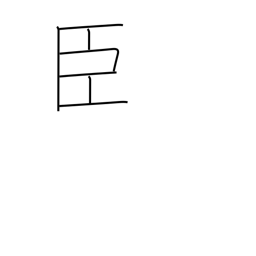
Meaning: retainer